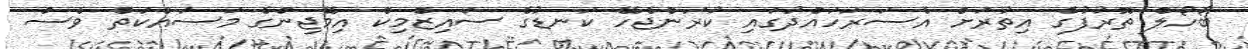
ބޯހޯލް ތޮރުފުގެ އިތުރަށް އެސަރަހައްދުގައި ކުރަންޖެހޭ ކަނޑުގެ ސައިޒްމިކް އިމޭޖިންގެ މަސައްކަތް ވެސް